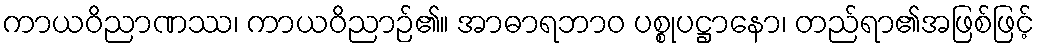
ကာယဝိညာဏဿ၊ ကာယဝိညာဉ်၏။ အာဓာရဘာဝ ပစ္စုပဋ္ဌာနော၊ တည်ရာ၏အဖြစ်ဖြင့်